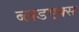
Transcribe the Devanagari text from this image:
ब्लडएक्स